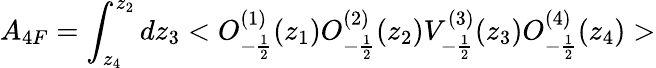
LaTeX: A_{4F}=\int_{z_{4}}^{z_{2}}dz_{3}<O_{-\frac{1}{2}}^{(1)}(z_{1})O_{-\frac{1}{2}}^{(2)}(z_{2})V_{-\frac{1}{2}}^{(3)}(z_{3})O_{-\frac{1}{2}}^{(4)}(z_{4})>